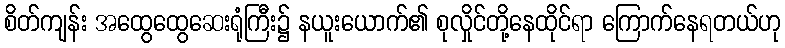
စိတ်ကျန်း အထွေထွေဆေးရုံကြီး၌ နယူးယောက်၏ စုလှိုင်တို့နေထိုင်ရာ ကြောက်နေရတယ်ဟု